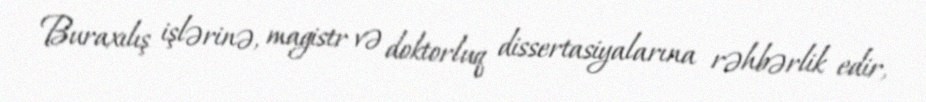
Buraxılış işlərinə, magistr və doktorluq dissertasiyalarına rəhbərlik edir,